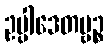
ဥပ္ပါဒေတဗ္ဗဉ္စ